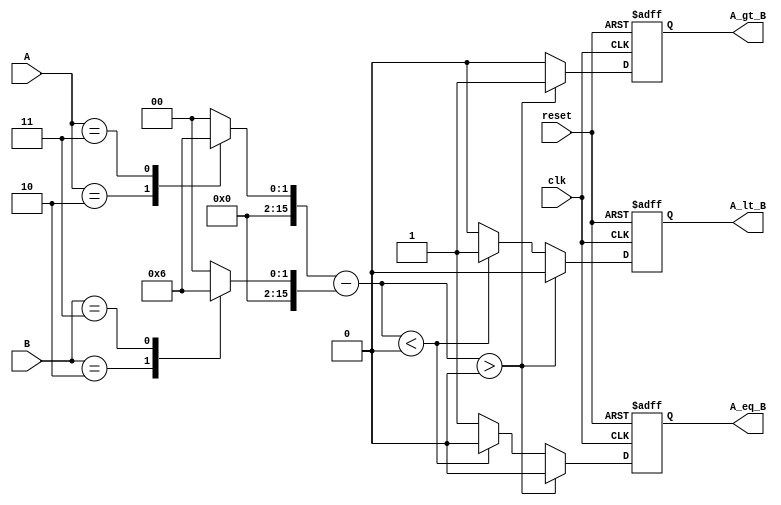
module LogarithmicComparator (
    input wire clk,          // Clock signal
    input wire reset,        // Reset signal
    input wire [15:0] A,     // Input A
    input wire [15:0] B,     // Input B
    output reg A_gt_B,       // A greater than B
    output reg A_lt_B,       // A less than B
    output reg A_eq_B        // A equal to B
);

// Logarithmic transformation function (using a simple lookup table for demonstration)
function [15:0] log_transform;
    input [15:0] value;
    begin
        // Simple logarithmic approximation using a lookup table
        // This is a placeholder; a real implementation would require a more accurate method
        case (value)
            16'd0: log_transform = 16'd0; // log(0) is undefined, handle accordingly
            16'd1: log_transform = 16'd0; // log(1) = 0
            16'd2: log_transform = 16'd1; // log(2)
            16'd3: log_transform = 16'd2; // log(3)
            // Add more cases as needed for the range of inputs
            default: log_transform = 16'd0; // Default case
        endcase
    end
endfunction

// Internal signals for logarithmic values
wire [15:0] log_A;
wire [15:0] log_B;
wire [15:0] log_diff;

// Logarithmic transformation
assign log_A = log_transform(A);
assign log_B = log_transform(B);

// ALU: Compute the difference
assign log_diff = log_A - log_B;

// Comparator logic
always @(posedge clk or posedge reset) begin
    if (reset) begin
        A_gt_B <= 1'b0;
        A_lt_B <= 1'b0;
        A_eq_B <= 1'b0;
    end else begin
        // Reset outputs
        A_gt_B <= 1'b0;
        A_lt_B <= 1'b0;
        A_eq_B <= 1'b0;

        // Determine the relationship based on log_diff
        if (log_diff > 16'd0) begin
            A_gt_B <= 1'b1; // A is greater than B
        end else if (log_diff < 16'd0) begin
            A_lt_B <= 1'b1; // A is less than B
        end else begin
            A_eq_B <= 1'b1; // A is equal to B
        end
    end
end

endmodule